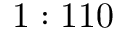
1 : 1 1 0